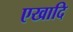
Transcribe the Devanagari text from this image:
एखादि